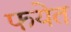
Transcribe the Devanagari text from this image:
फयेत